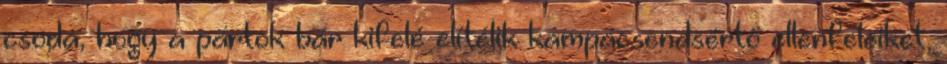
csoda, hogy a pártok bár kifelé elítélik kampácsendsértő ellenfeleiket,